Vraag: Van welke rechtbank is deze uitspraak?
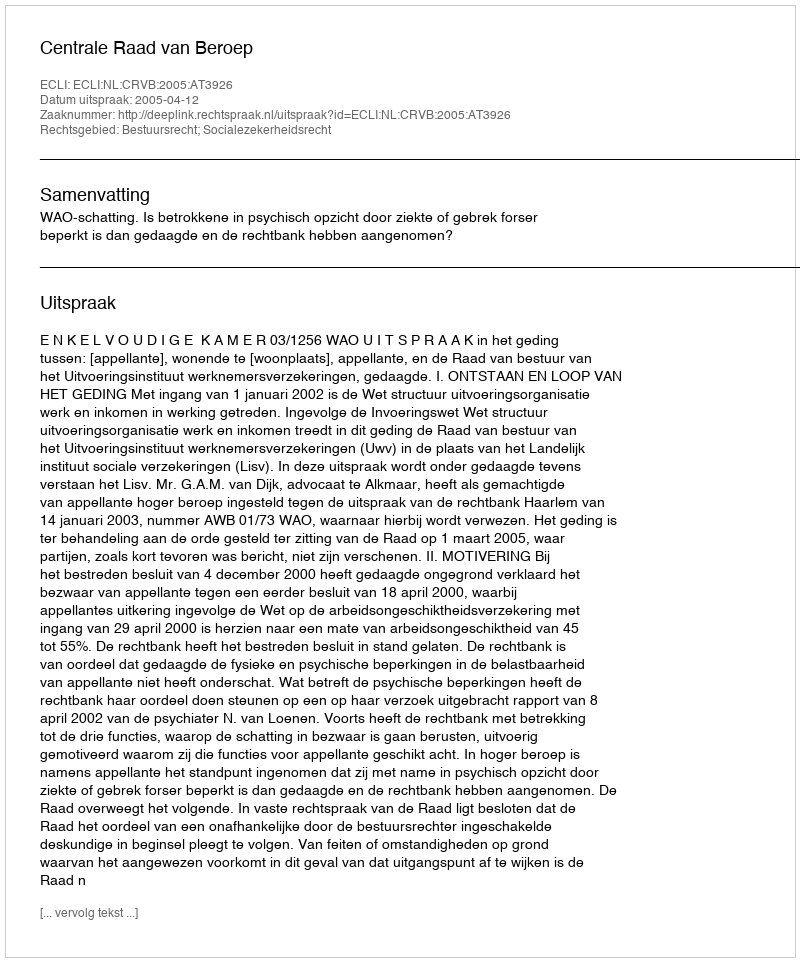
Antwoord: Centrale Raad van Beroep